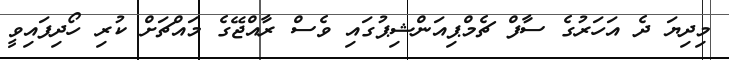
މިދިޔަ ދެ އަހަރުގެ ސާފް ޗެމްޕިއަންޝިޕުގައި ވެސް ރާއްޖޭގެ މައްޗަށް ކުރި ހޯދިފައިވީ